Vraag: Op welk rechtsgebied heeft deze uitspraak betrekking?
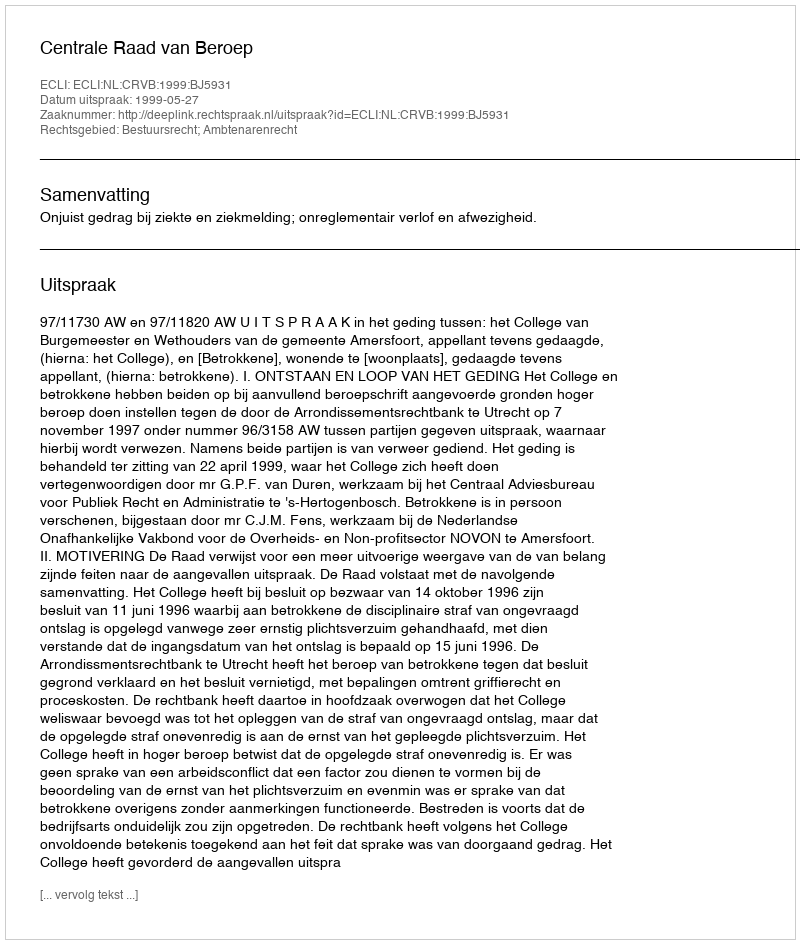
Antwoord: Bestuursrecht; Ambtenarenrecht